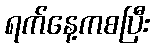
ရက်နေ့ကစပြီး